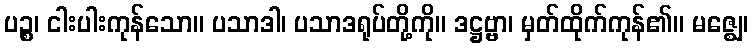
ပဉ္စ၊ ငါးပါးကုန်သော။ ပသာဒါ၊ ပသာဒရုပ်တို့ကို။ ဒဋ္ဌဗ္ဗာ၊ မှတ်ထိုက်ကုန်၏။ မဇ္ဈေ၊